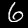
Digit: 6